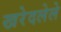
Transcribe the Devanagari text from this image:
खरेदलेले